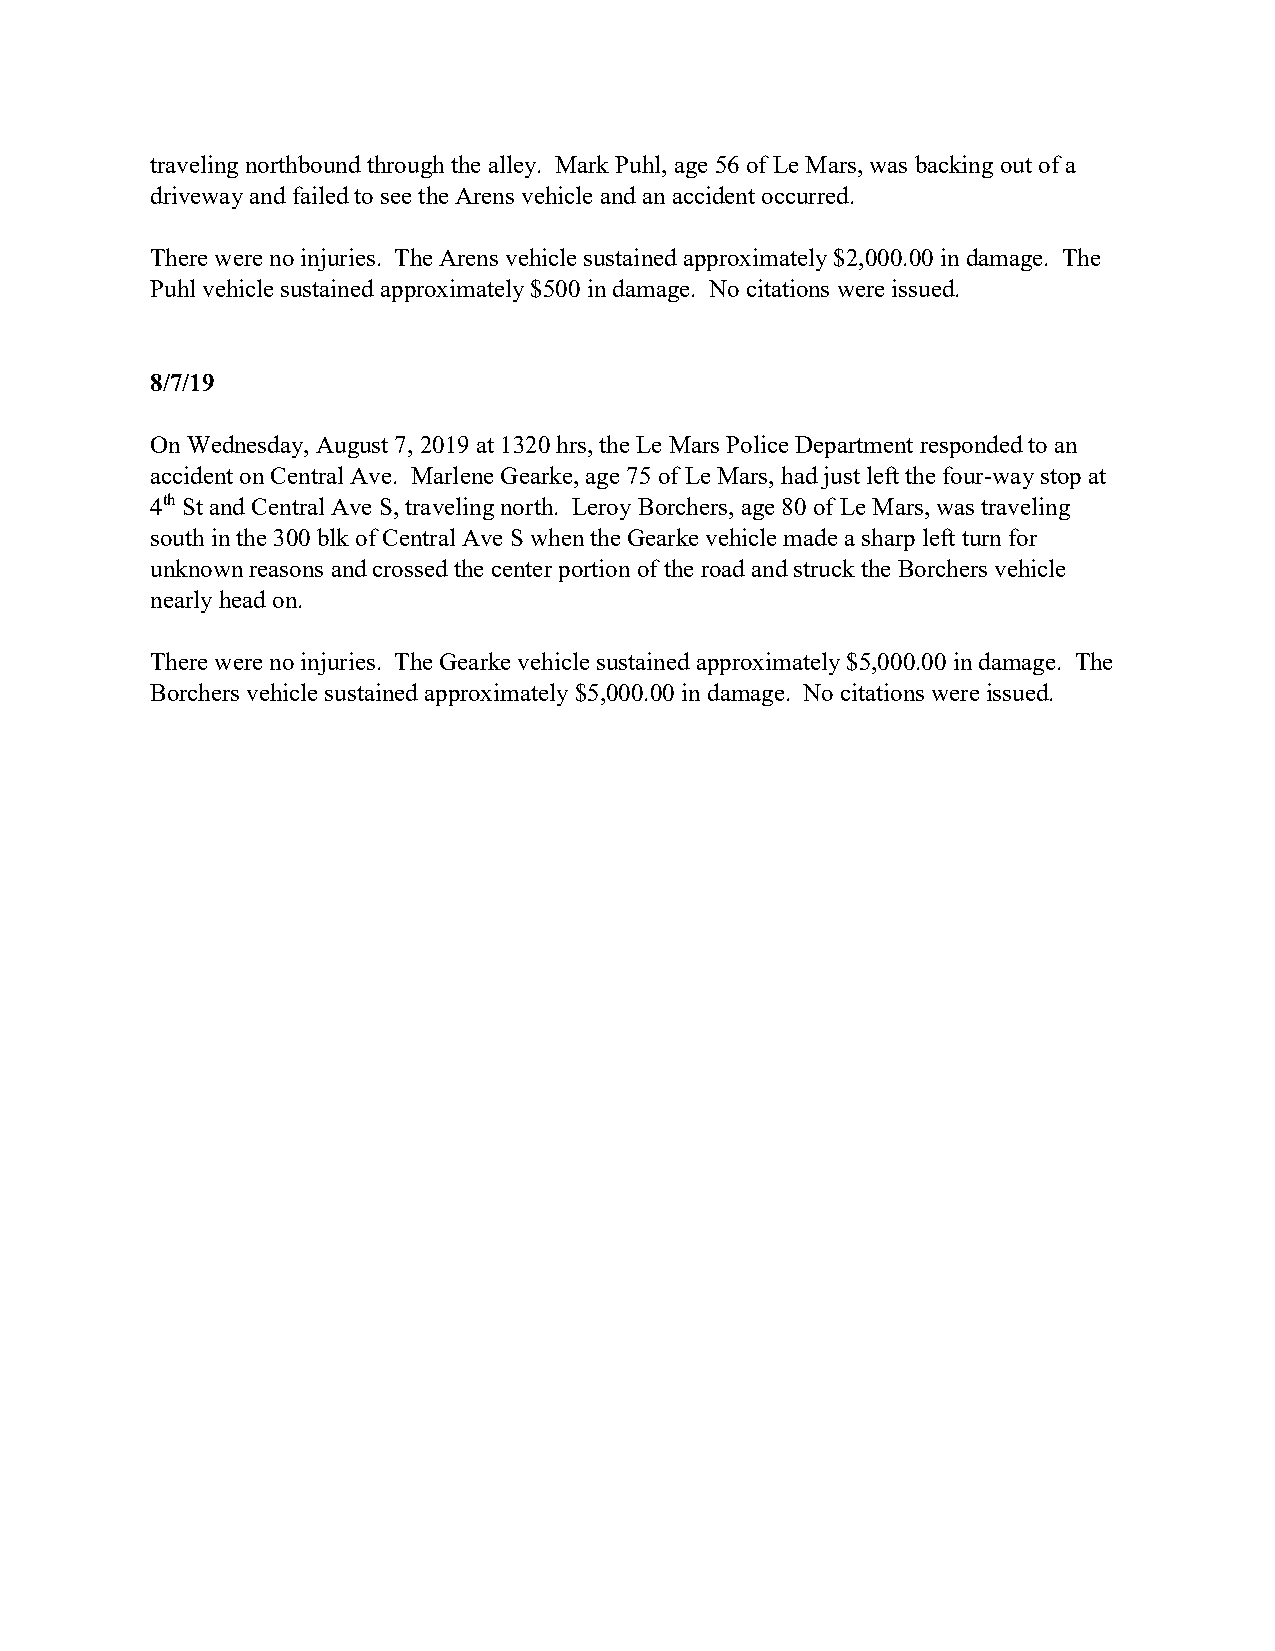
traveling northbound through the alley. Mark Puhl, age 56 of Le Mars, was backing out of a
 driveway and failed to see the Arens vehicle and an accident occurred.
 There were no injuries. The Arens vehicle sustained approximately $2,000.00 in damage. The
 Puhl vehicle sustained approximately $500 in damage. No citations were issued.
 8/7/19
 On Wednesday, August 7, 2019 at 1320 hrs, the Le Mars Police Department responded to an
 accident on Central Ave. Marlene Gearke, age 75 of Le Mars, had just left the four-way stop at
 4th St and Central Ave S, traveling north. Leroy Borchers, age 80 of Le Mars, was traveling
 south in the 300 blk of Central Ave S when the Gearke vehicle made a sharp left turn for
 unknown reasons and crossed the center portion of the road and struck the Borchers vehicle
 nearly head on.
 There were no injuries. The Gearke vehicle sustained approximately $5,000.00 in damage. The
 Borchers vehicle sustained approximately $5,000.00 in damage. No citations were issued.